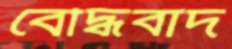
বৌদ্ধবাদ